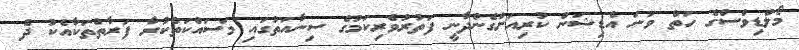
މޯލްޑިވްސްގެ ހަތް ވަނަ އެޑިޝަން ކުރިއަށްގެންދާނީ ފަތުރުވެރިކަމުގެ ސިނާއަތުގައި މަސައްކަތްކުރާ ފަރާތްތަކާއެކު ދެ